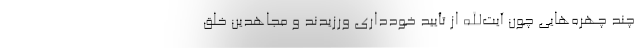
چند چهره‌هایی چون آیت‌الله از تأیید خودداری ورزیدند و مجاهدین خلق